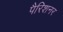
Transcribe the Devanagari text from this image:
पैरिशनर